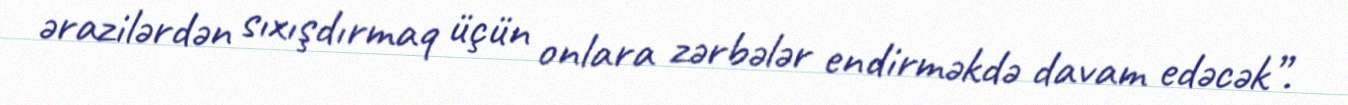
ərazilərdən sıxışdırmaq üçün onlara zərbələr endirməkdə davam edəcək”.